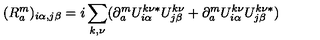
( R _ { a } ^ { m } ) _ { i \alpha , j \beta } = i \sum _ { k , \nu } ( \partial _ { a } ^ { m } U _ { i \alpha } ^ { k \nu \ast } U _ { j \beta } ^ { k \nu } + \partial _ { a } ^ { m } U _ { i \alpha } ^ { k \nu } U _ { j \beta } ^ { k \nu \ast } )